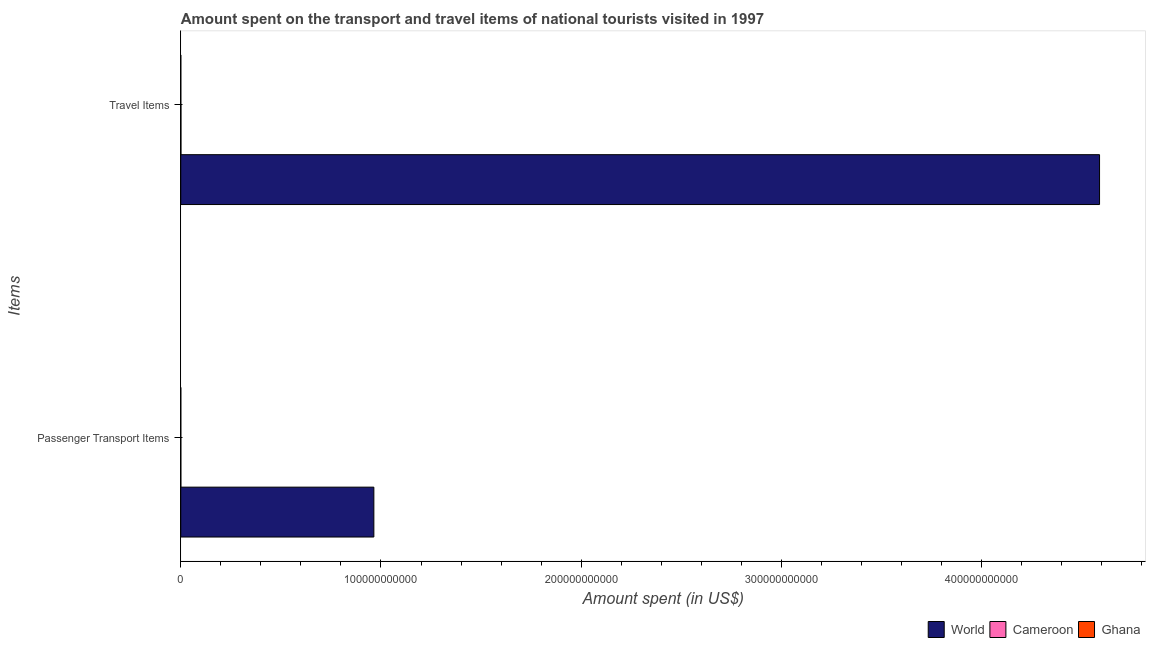
| Items | World | Cameroon | Ghana |
 | --- | --- | --- | --- |
 | Passenger Transport Items | 9.64e+10 | 3.5e+07 | 2e+07 |
 | Travel Items | 4.59e+11 | 8.4e+07 | 1.5e+07 |